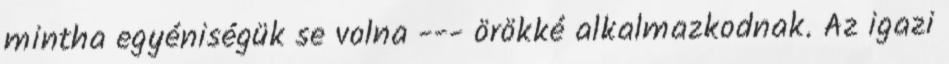
mintha egyéniségük se volna --- örökké alkalmazkodnak. Az igazi